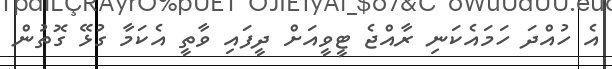
އެ ހުއްދަ ހަމައެކަނި ރާއްޖެ ޓީވީއަށް ދީފައި ވާތީ އެކަމާ ގުޅޭ ގޮތުން